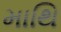
માથિ